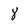
Character: 8